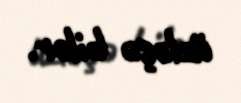
üzləşə bilər.